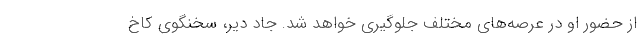
از حضور او در عرصه‌های مختلف جلوگیری خواهد شد. جاد دیر، سخنگوی کاخ